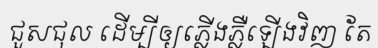
ជួសជុល ដើម្បីឲ្យភ្លើងភ្លឺឡើងវិញ តែ